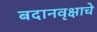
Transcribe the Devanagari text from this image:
बदानवृक्षाचे